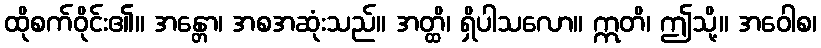
ထိုစက်ဝိုင်း၏။ အန္တော၊ အစအဆုံးသည်။ အတ္ထိ၊ ရှိပါသလော။ ဣတိ၊ ဤသို့။ အဝေါစ၊